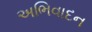
અભિવાદન